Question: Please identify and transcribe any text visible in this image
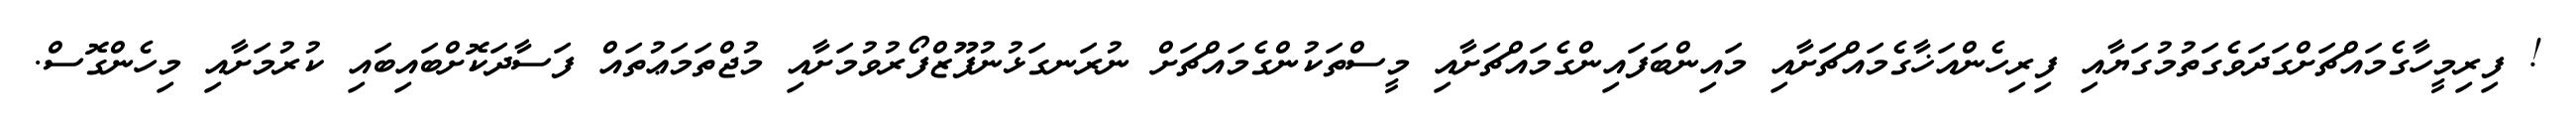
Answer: ! ފިރިމީހާގެމައްޗަށްގަދަވެގަތުމުގަޔާއި ފިރިހެންއަޚާގެމައްޗަށާއި މައިންބަފައިންގެމައްޗަށާއި މީސްތަކުންގެމައްޗަށް ނުރަނގަޅުނުފޫޒްފޯރުވުމަށާއި މުޖްތަމަޢުތައް ފަސާދަކޮށްބައިބައި ކުރުމަށާއި މިހެންގޮސް.